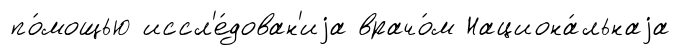
по́мощью иссл'е́дован'иjа врачо́м Национа́льнаjа